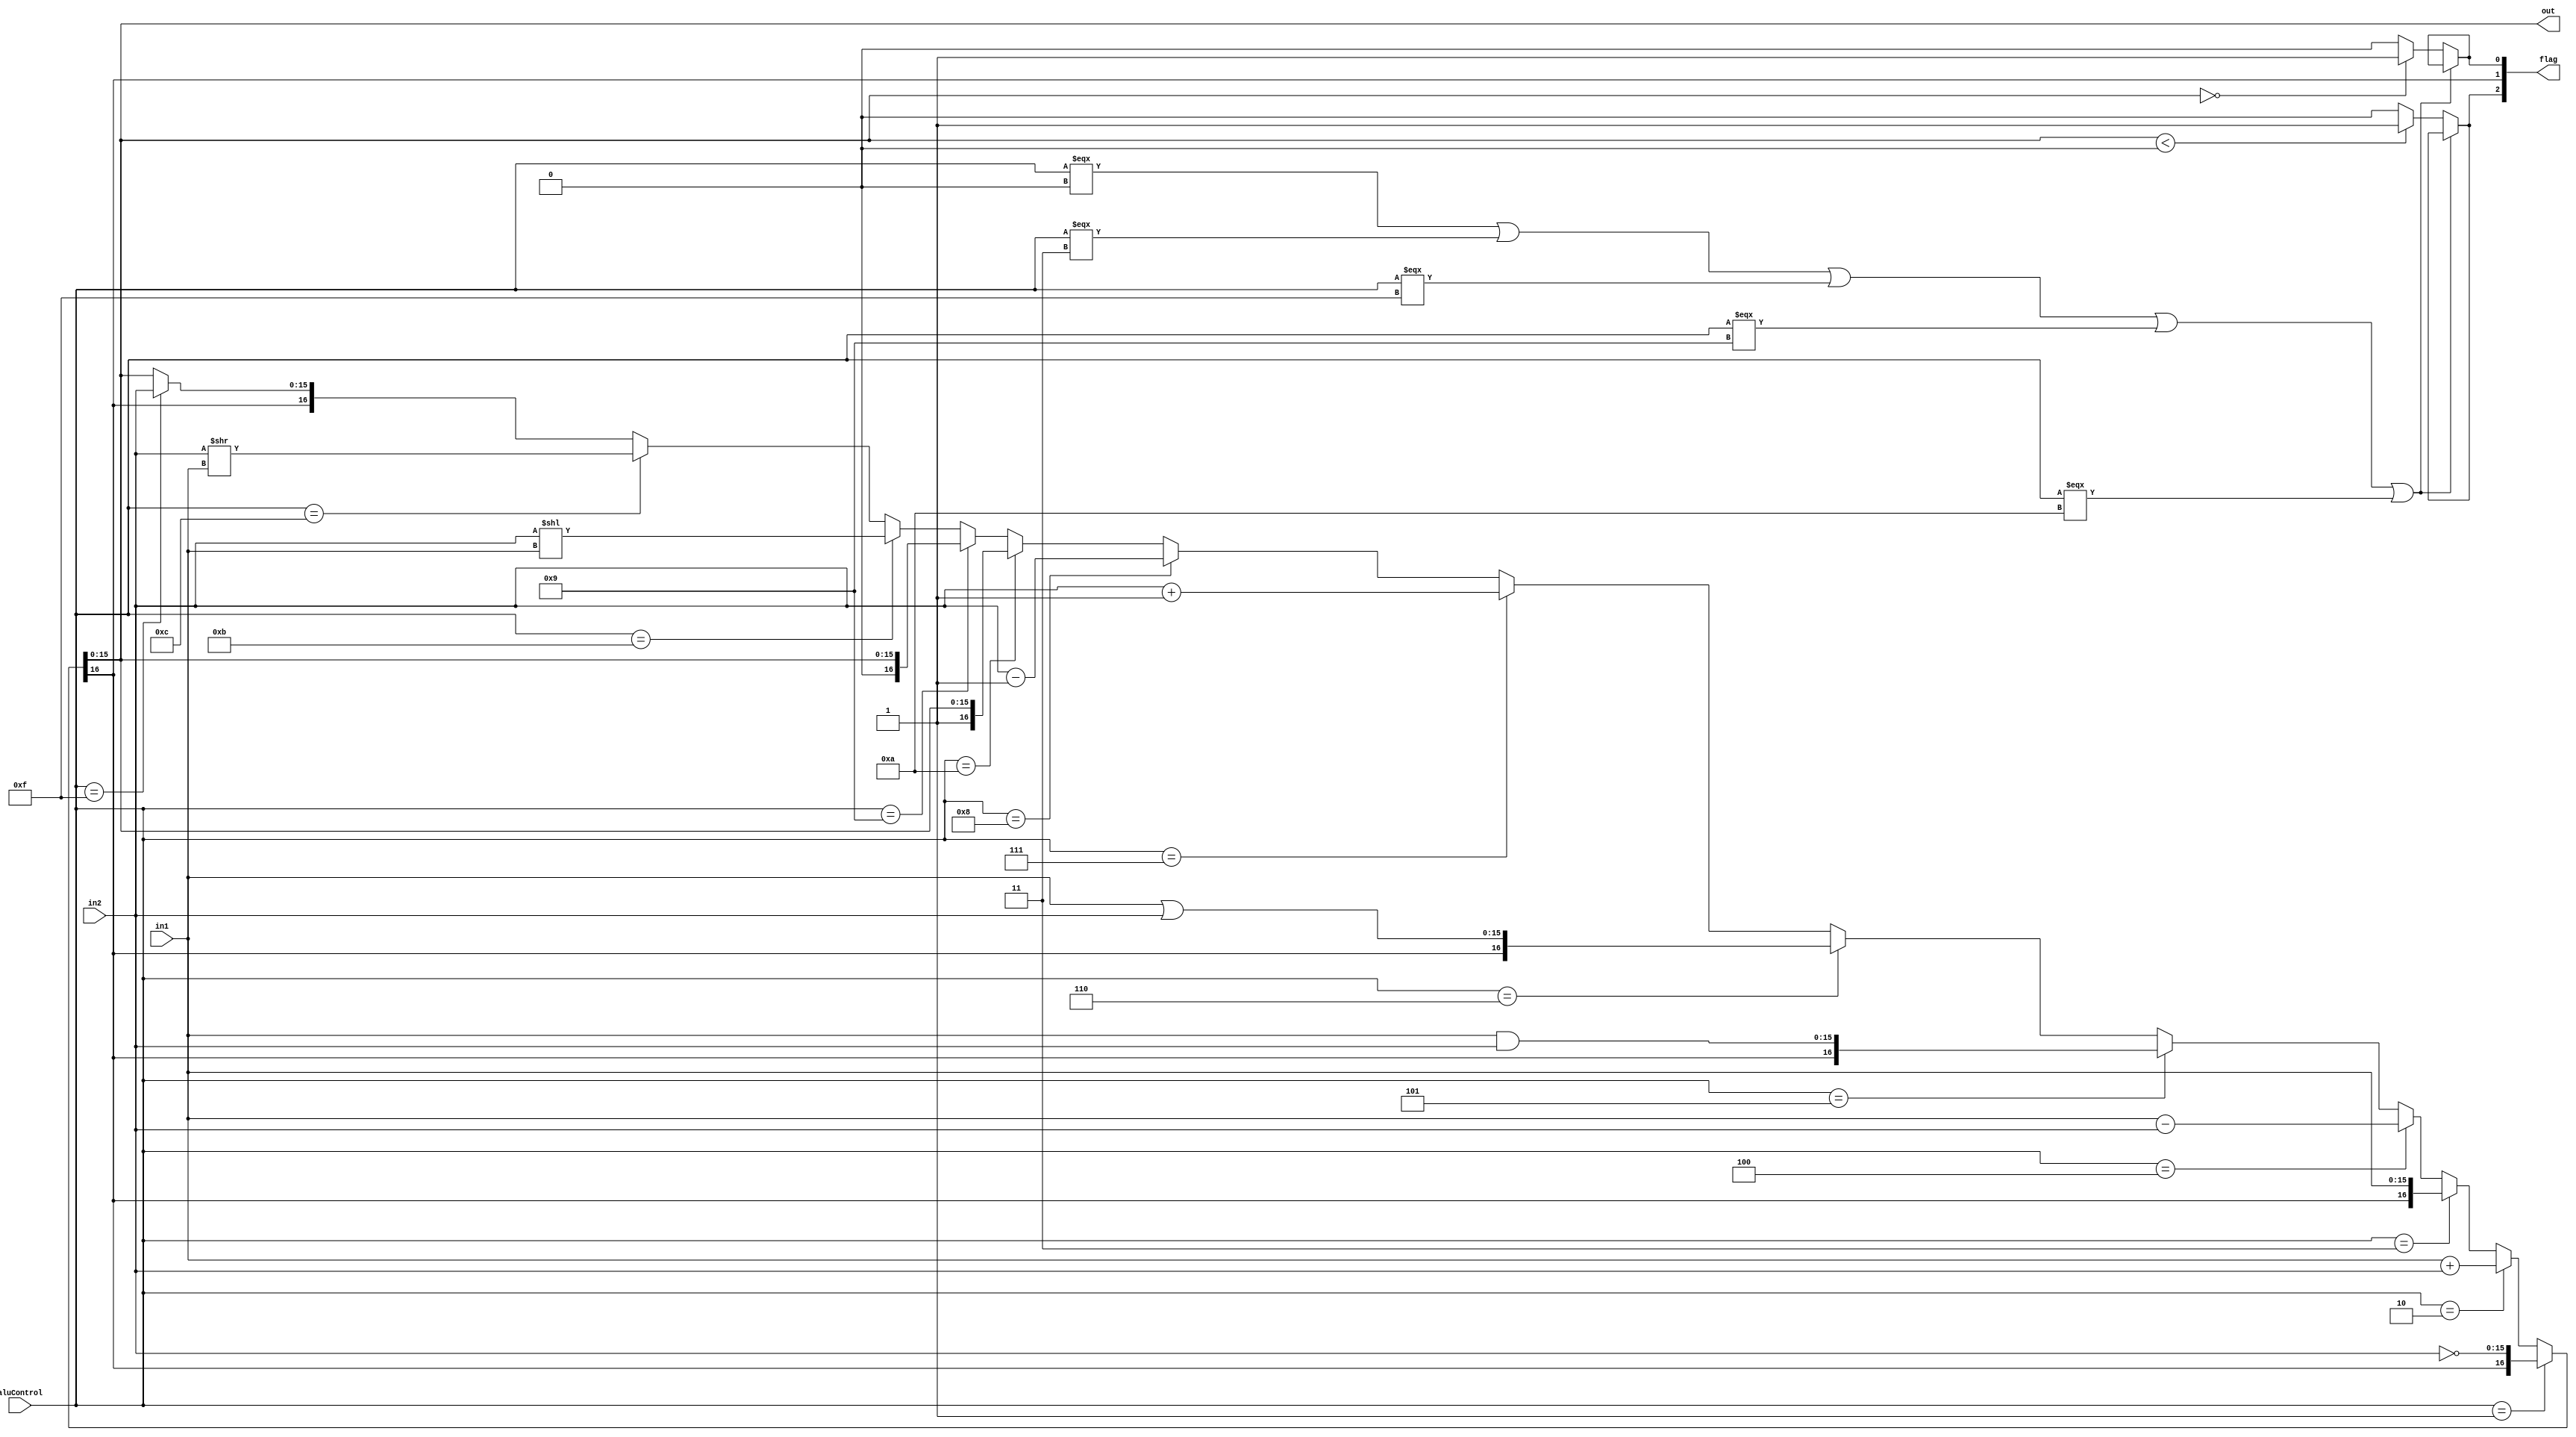
//ALU
/*
Branch logic combinational logic
inputs:

output:
     
*/
module ALU (in1,in2,aluControl,out,flag);

input signed [15:0] in1,in2;
input [3:0] aluControl;
output signed [15:0] out;
output [2:0] flag;//Negative Carry Zero

//Carry Flag
assign {flag[1], out} = 
        (aluControl == 4'b0001) ? {flag[1],~in2}:            //NOT   
        (aluControl == 4'b0010) ? in1 + in2:            //ADD   
        (aluControl == 4'b0011) ? {flag[1],in1}:            //LDM LDD STD
        (aluControl == 4'b0100) ? in1 - in2:            //SUB
        (aluControl == 4'b0101) ? {flag[1],in1&in2}:            //AND
        (aluControl == 4'b0110) ? {flag[1],in1|in2}:            //OR
        (aluControl == 4'b0111) ? in2+1:            //inc
        (aluControl == 4'b1000) ? in2-1:            //dec
        (aluControl == 4'b1010) ? {1'b1,out}:            //sec
        (aluControl == 4'b1001) ? {1'b0,out}:            //clc1
        (aluControl == 4'b1011) ? in2<<in1:            //shl
        (aluControl == 4'b1100) ? in2>>in1:            //shr
        (aluControl == 4'b1111) ? {flag[1], in2}:            //shr
        {flag[1], out};                                //NOP

        // (aluControl == 3'b100) ? {flag[1],~in2}:       //NOT               
        // (aluControl == 3'b001) ? {flag[1],in1}:        //LDD
        // (aluControl == 3'b111) ? {flag[1],in1}:        //LDM
        // (aluControl == 3'b010) ? {flag[1],in1}:        //STD
        // {flag[1], out};                                //NOP

// //Zero Flag
// assign flag[0]=(aluControl === 4'b0000)?flag[0]:((out=={16{1'b0}})?1'b1:1'b0);

// // Negative Flag
// assign flag[2]=(aluControl === 4'b0000)?flag[2]:((out<0)?1'b1:1'b0);



//Zero Flag
assign flag[0]=(aluControl === 4'b0000 || aluControl === 4'b0011 || aluControl === 4'b1111 || aluControl === 4'b1001 || aluControl === 4'b1010)?flag[0]:((out=={16{1'b0}})?1'b1:1'b0);

// Negative Flag
assign flag[2]=(aluControl === 4'b0000 || aluControl === 4'b0011 || aluControl === 4'b1111 || aluControl === 4'b1001 || aluControl === 4'b1010)?flag[2]:((out<0)?1'b1:1'b0);

// assign out={16{1'b0}};
// assign flag=3'b101;


// wire [15:0]sum;
// wire carry;
// assign {carry_sum,sum}=in1+in2;

// always @ * begin
// if(aluControl == 3'b000)begin
// //nop
// // {flag[1],out}=in1+in2;
// //flag[0]=(out=='b0) ? 1'b1:1'b0;
// //flag[0]=(out<0)?1'b1:1'b0;
// end


// if(aluControl==3'b001)begin
// //add
// {flag[1],out} = in1 + in2;
// flag[0] =  (out == 1'b0) ? 1'b1:1'b0;
// flag[0] = (out<0) ? 1'b1:1'b0;
// end



// if(aluControl==3'b010)begin
// //NOT
// out=~in2;
// //flag[0]=(out=='b0) ? 1'b1:1'b0;
// //flag[0]=(out<0)?1'b1:1'b0;
// end


// if(aluControl==3'b011)begin
// //LDD
// out=in1;
// //flag[0]=(out=='b0) ? 1'b1:1'b0;
// //flag[0]=(out<0)?1'b1:1'b0;
// end


// if(aluControl==3'b000)begin
// //STD
// out=in2;
// //flag[0]=(out=='b0) ? 1'b1:1'b0;
// //flag[0]=(out<0)?1'b1:1'b0;
// end

// end
/*
assign out = 
(aluControl == 3'b000 ) ? 'bz : 
(aluControl == 3'b001 ) ? sum : 
(aluControl == 3'b010 ) ? ~in2 : 
(aluControl == 3'b011 ) ? in1 : 
(aluControl == 3'b100 ) ? in2 : 'bx;
*/
endmodule